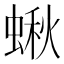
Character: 𧎐